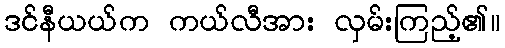
ဒင်နီယယ်က ကယ်လီအား လှမ်းကြည့်၏။